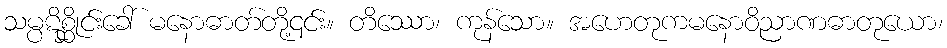
သမ္ပဋိစ္ဆိုင်းခေါ် မနောဓာတ်တို့၎င်း။ တိဿော၊ ကုန်သော။ အဟေတုကမနောဝိညာဏဓာတုယော၊